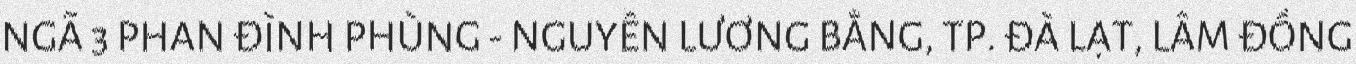
NGÃ 3 PHAN ĐÌNH PHÙNG - NGUYỄN LƯƠNG BẰNG, TP. ĐÀ LẠT, LÂM ĐỒNG